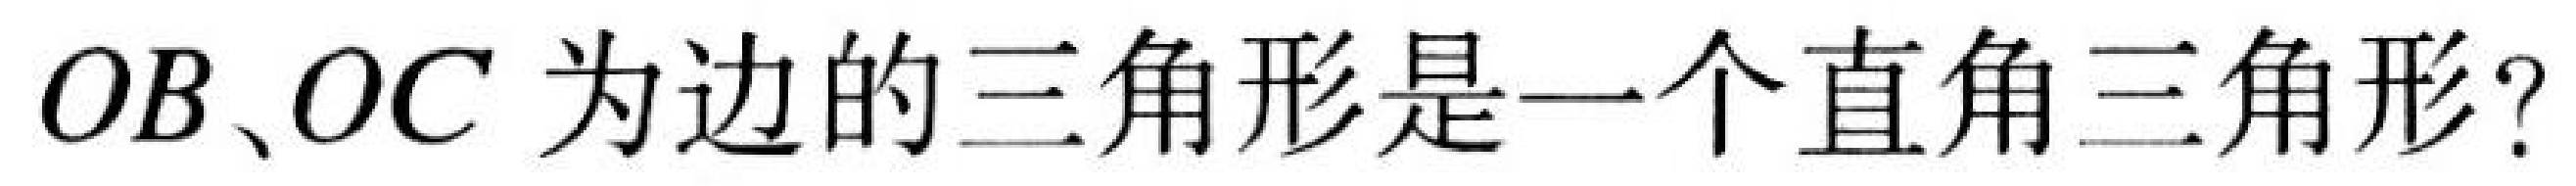
$OB、OC$ 为边的三角形是一个直角三角形？